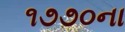
૧૭૭૦ના